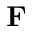
\mathbf { F }